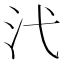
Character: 𪵫